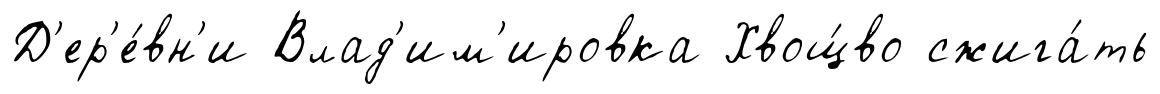
Д'ер'е́вн'и Влад'им'ировка Хвощ́во сжига́ть